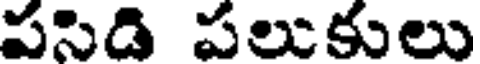
పసిడి పలుకులు